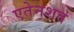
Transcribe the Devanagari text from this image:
एतेनशत